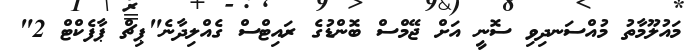
މައުލޫމާތު މުއްސަނދިވި ސޮނީ އަށް ޖޭމްސް ބޮންޑުގެ ރައިޓްސް ގެއްލިދާނެ"ޕިޗް ޕާފެކްޓް 2"